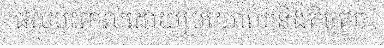
ផលប៉ះពាល់ដោយប្រយោល និងតិចតួច